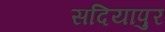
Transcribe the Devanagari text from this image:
सदियापुर